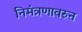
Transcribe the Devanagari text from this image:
निमंत्रणावरुन